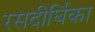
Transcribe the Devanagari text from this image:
रसदीर्घिका